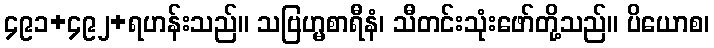
၄၉၁+၄၉၂+ရဟန်းသည်။ သဗြဟ္မစာရီနံ၊ သီတင်းသုံးဖော်တို့သည်။ ပိယောစ၊